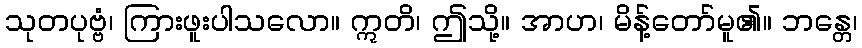
သုတပုဗ္ဗံ၊ ကြားဖူးပါသလော။ ဣတိ၊ ဤသို့။ အာဟ၊ မိန့်တော်မူ၏။ ဘန္တေ၊